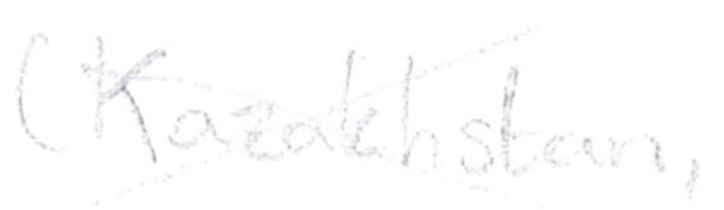
Text: (Kazakhstan,
Cross-out: cross
Writing tool: pencil